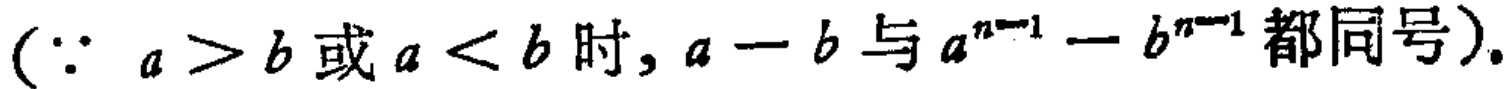
$(\because a > b或a < b时,a - b与a^{n - 1} - b^{n - 1}都同号).$